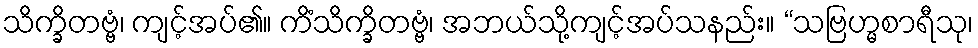
သိက္ခိတဗ္ဗံ၊ ကျင့်အပ်၏။ ကိံသိက္ခိတဗ္ဗံ၊ အဘယ်သို့ကျင့်အပ်သနည်း။ “သဗြဟ္မစာရီသု၊